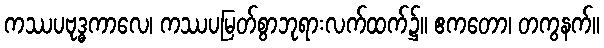
ကဿပဗုဒ္ဓကာလေ၊ ကဿပမြတ်စွာဘုရားလက်ထက်၌။ ဧကတော၊ တကွနက်။